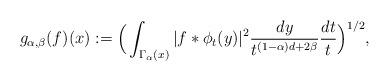
LaTeX: \begin{align*}g_{\alpha,\beta}(f)(x):=\Big(\int_{\Gamma_\alpha(x)} |f \ast \phi_t(y)|^2 \frac{dy}{t^{(1-\alpha)d+2\beta}} \frac{dt}{t}\Big)^{1/2},\end{align*}